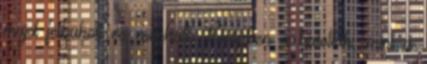
majd felbukott és meghalt. Eközben a halottak, mint a